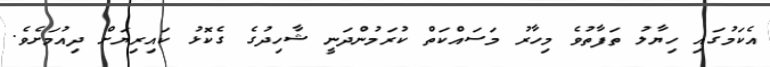
އެކަމުގައި ހިޔާލު ތަފާތުވެ މިހާރު މަސައްކަތް ކުރަމުންދަނީ ޝާހިދުގެ ގެކޮޅު ކައިރިޔަށް ދިއުމަށެވެ.